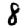
Digit: 8